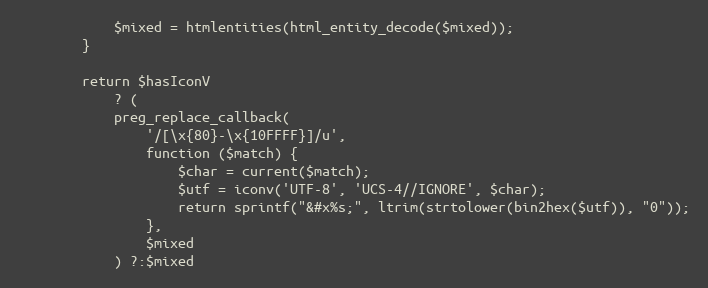
Language: PHP
            $mixed = htmlentities(html_entity_decode($mixed));
        }

        return $hasIconV
            ? (
            preg_replace_callback(
                '/[\x{80}-\x{10FFFF}]/u',
                function ($match) {
                    $char = current($match);
                    $utf = iconv('UTF-8', 'UCS-4//IGNORE', $char);
                    return sprintf("&#x%s;", ltrim(strtolower(bin2hex($utf)), "0"));
                },
                $mixed
            ) ?:$mixed